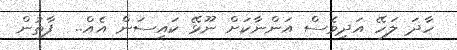
ހާދަ ލަހޭ އަދިވެސް އަންނާކަށް ނޫޅޭ ކައިސަން އެއް..  ފާތުން